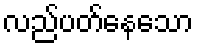
လည်ပတ်နေသော